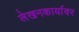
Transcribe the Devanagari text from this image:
लेखनकार्यावर